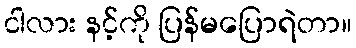
ငါလား နင့်ကို ပြန်မပြောရဲတာ။